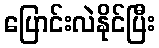
ပြောင်းလဲနိုင်ပြီး